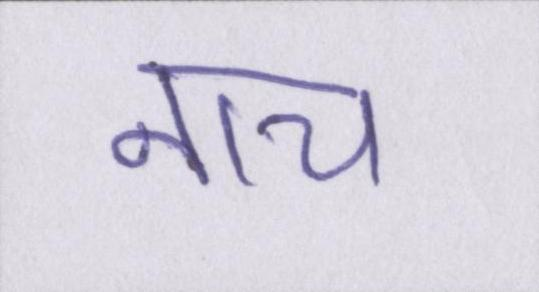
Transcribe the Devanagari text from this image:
नाच